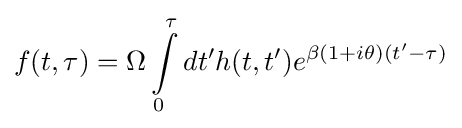
f(t,\tau )=\Omega \int \limits _{0}^{\tau }dt'h(t,t')e^{\beta (1+i\theta )(t'-\tau )}